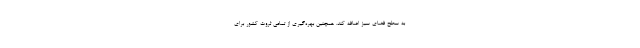
به سطح فضای سبز اضافه کند. همچنین بهره‌گیری از تمامی ثروت کشور برای